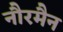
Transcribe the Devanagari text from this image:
नौरमैन